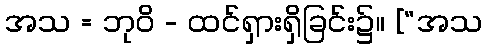
အသ = ဘုဝိ - ထင်ရှားရှိခြင်း၌။ [“အသ